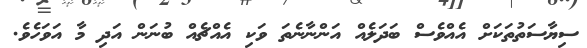
ސިޔާސަތުތަަަކަށް އެއްވެސް ބަދަލެއް އަންނާނެތަ ވަކި އެއްޗެއް ބުނަން އަދި މާ އަވަހެވެ.